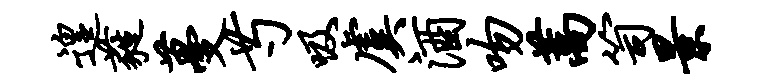
遑蕤蔓芍吸虞酒吻蒿笥景